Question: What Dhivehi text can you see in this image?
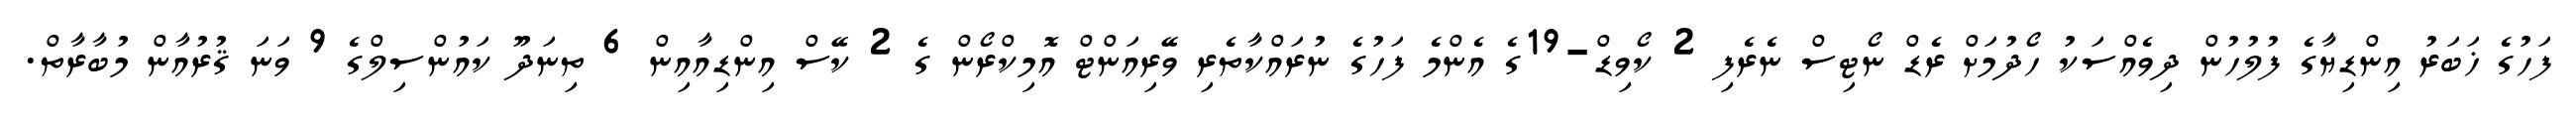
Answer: ފަހުގެ ޚަބަރު އިންޑިޔާގެ ފުލުހުން ދިވެއްސަކު ހޯދުމަށް ރެޑް ނޯޓިސް ނެރެފި 2 ކޯވިޑް-19ގެ އެންމެ ފަހުގެ ނުރައްކާތެރި ވޭރިއަންޓް އޮމިކްރޯން ގެ 2 ކޭސް އިންޑިއާއިން 6 ތިނަދޫ ކައުންސިލްގެ 9 ވަނަ ޤުރުއާން މުބާރާތް.